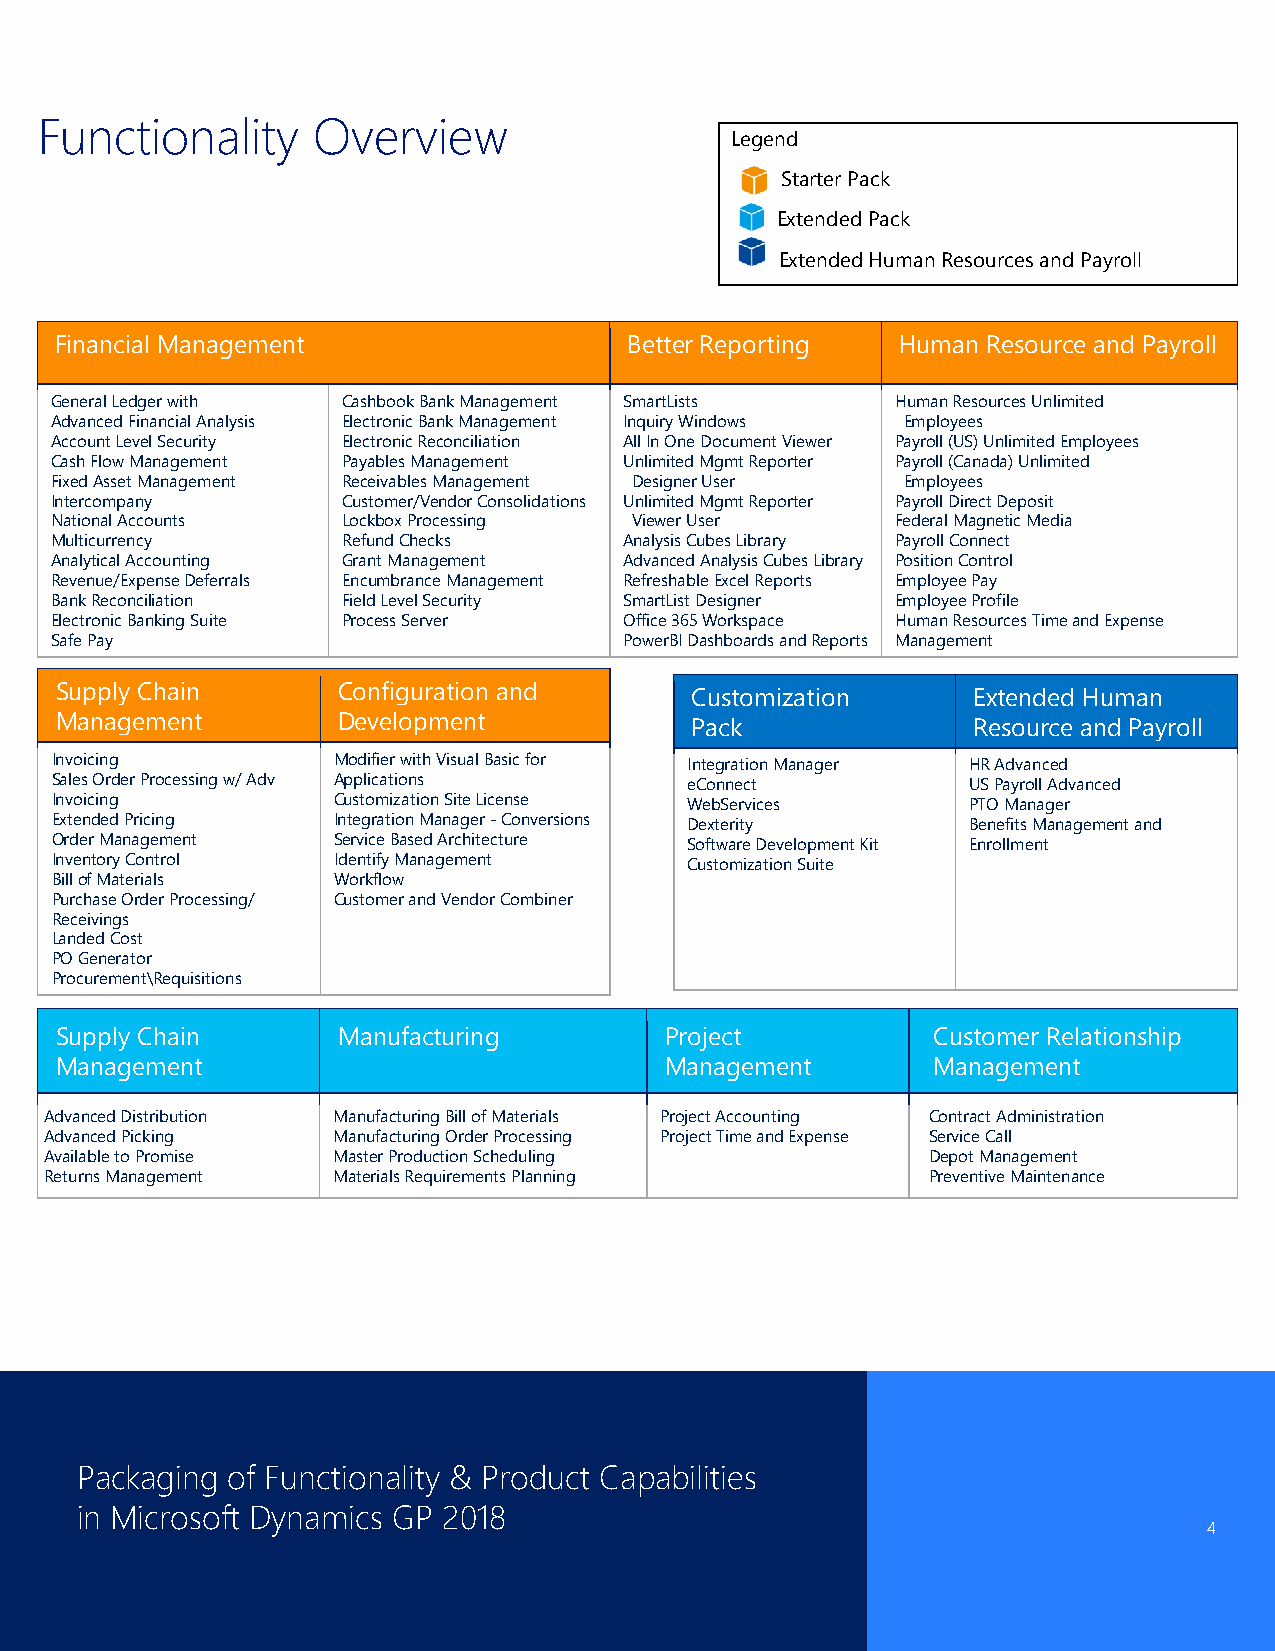
Functionality      Overview
 Legend
 Starter Pack
 Extended Pack
 Extended Human Resources and Payroll
 Financial Management                  Better Reporting  Human Resource and Payroll
 General Ledger with Cashbook Bank Management SmartLists Human Resources Unlimited
 Advanced Financial Analysis Electronic Bank Management Inquiry Windows Employees
 Account Level Security Electronic Reconciliation All In One Document Viewer Payroll (US) Unlimited Employees
 Cash Flow Management Payables Management Unlimited Mgmt Reporter Payroll (Canada) Unlimited
 Fixed Asset Management Receivables Management Designer User Employees
 Intercompany        Customer/Vendor Consolidations Unlimited Mgmt Reporter Payroll Direct Deposit
 National Accounts   Lockbox Processing Viewer User      Federal Magnetic Media
 Multicurrency       Refund Checks     Analysis Cubes Library Payroll Connect
 Analytical Accounting Grant Management Advanced Analysis Cubes Library Position Control
 Revenue/Expense Deferrals Encumbrance Management Refreshable Excel Reports Employee Pay
 Bank Reconciliation Field Level Security SmartList Designer Employee Profile
 Electronic Banking Suite Process Server Office 365 Workspace Human Resources Time and Expense
 Safe Pay                              PowerBI Dashboards and Reports Management
 Supply Chain      Configuration and       Customization     Extended Human
 Management        Development             Pack              Resource and Payroll
 Invoicing          Modifier with Visual Basic for Integration Manager HR Advanced
 Sales Order Processing w/ Adv Applications eConnect          US Payroll Advanced
 Invoicing          Customization Site License WebServices    PTO Manager
 Extended Pricing   Integration Manager - Conversions Dexterity Benefits Management and
 Order Management   Service Based Architecture Software Development Kit Enrollment
 Inventory Control  Identify Management    Customization Suite
 Bill of Materials  Workflow
 Purchase Order Processing/ Customer and Vendor Combiner
 Receivings
 Landed Cost
 PO Generator
 Procurement\Requisitions
 Supply Chain      Manufacturing         Project           Customer Relationship
 Management                              Management        Management
 Advanced Distribution Manufacturing Bill of Materials Project Accounting Contract Administration
 Advanced Picking   Manufacturing Order Processing Project Time and Expense Service Call
 Available to Promise Master Production Scheduling          Depot Management
 Returns Management Materials Requirements Planning         Preventive Maintenance
 Packaging of Functionality & Product Capabilities
 in Microsoft Dynamics GP 2018
 4